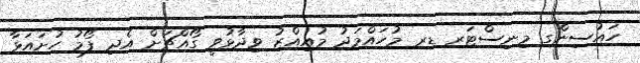
ހައުސިންގ މިނިސްޓަރ ޑރ މުހައްމަދު މުއިއްޒު ވިދާޅުވީ ގޯއްޗަށް އެދި ފޯމު ހުށައަޅާ